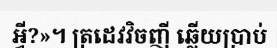
អ្វី?»។ ត្រដេវវិចញី ឆ្លើយប្រាប់